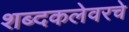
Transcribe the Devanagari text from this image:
शब्दकलेवरचे